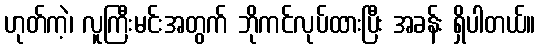
ဟုတ်ကဲ့၊ လူကြီးမင်းအတွက် ဘိုကင်လုပ်ထားပြီး အခန်း ရှိပါတယ်။